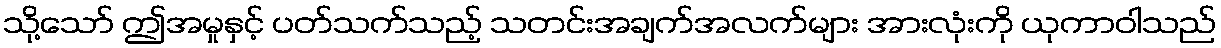
သို့သော် ဤအမှုနှင့် ပတ်သက်သည့် သတင်းအချက်အလက်များ အားလုံးကို ယုကာဝါသည်